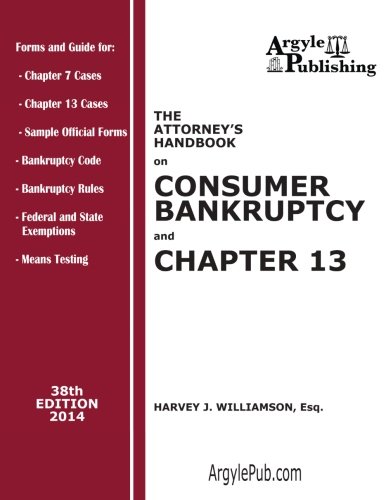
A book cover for The Attorney's Handbook on Consumer Bankruptcy and Chapter 13: 38th Edition, 2014; Harvey J. Williamson; Law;